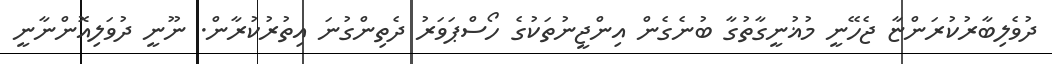
ދުވެލިބާރުކުރަންޏާ ޖެހޭނީ މުޣުނީގާތުގާ ބުނެގެން އިންޖީނުތަކުގެ ހޯސްޕަވަރު ދެތިންގުނަ އިތުރުކުރާން. ނޫނީ ދުވަލިއޮންނާނީ